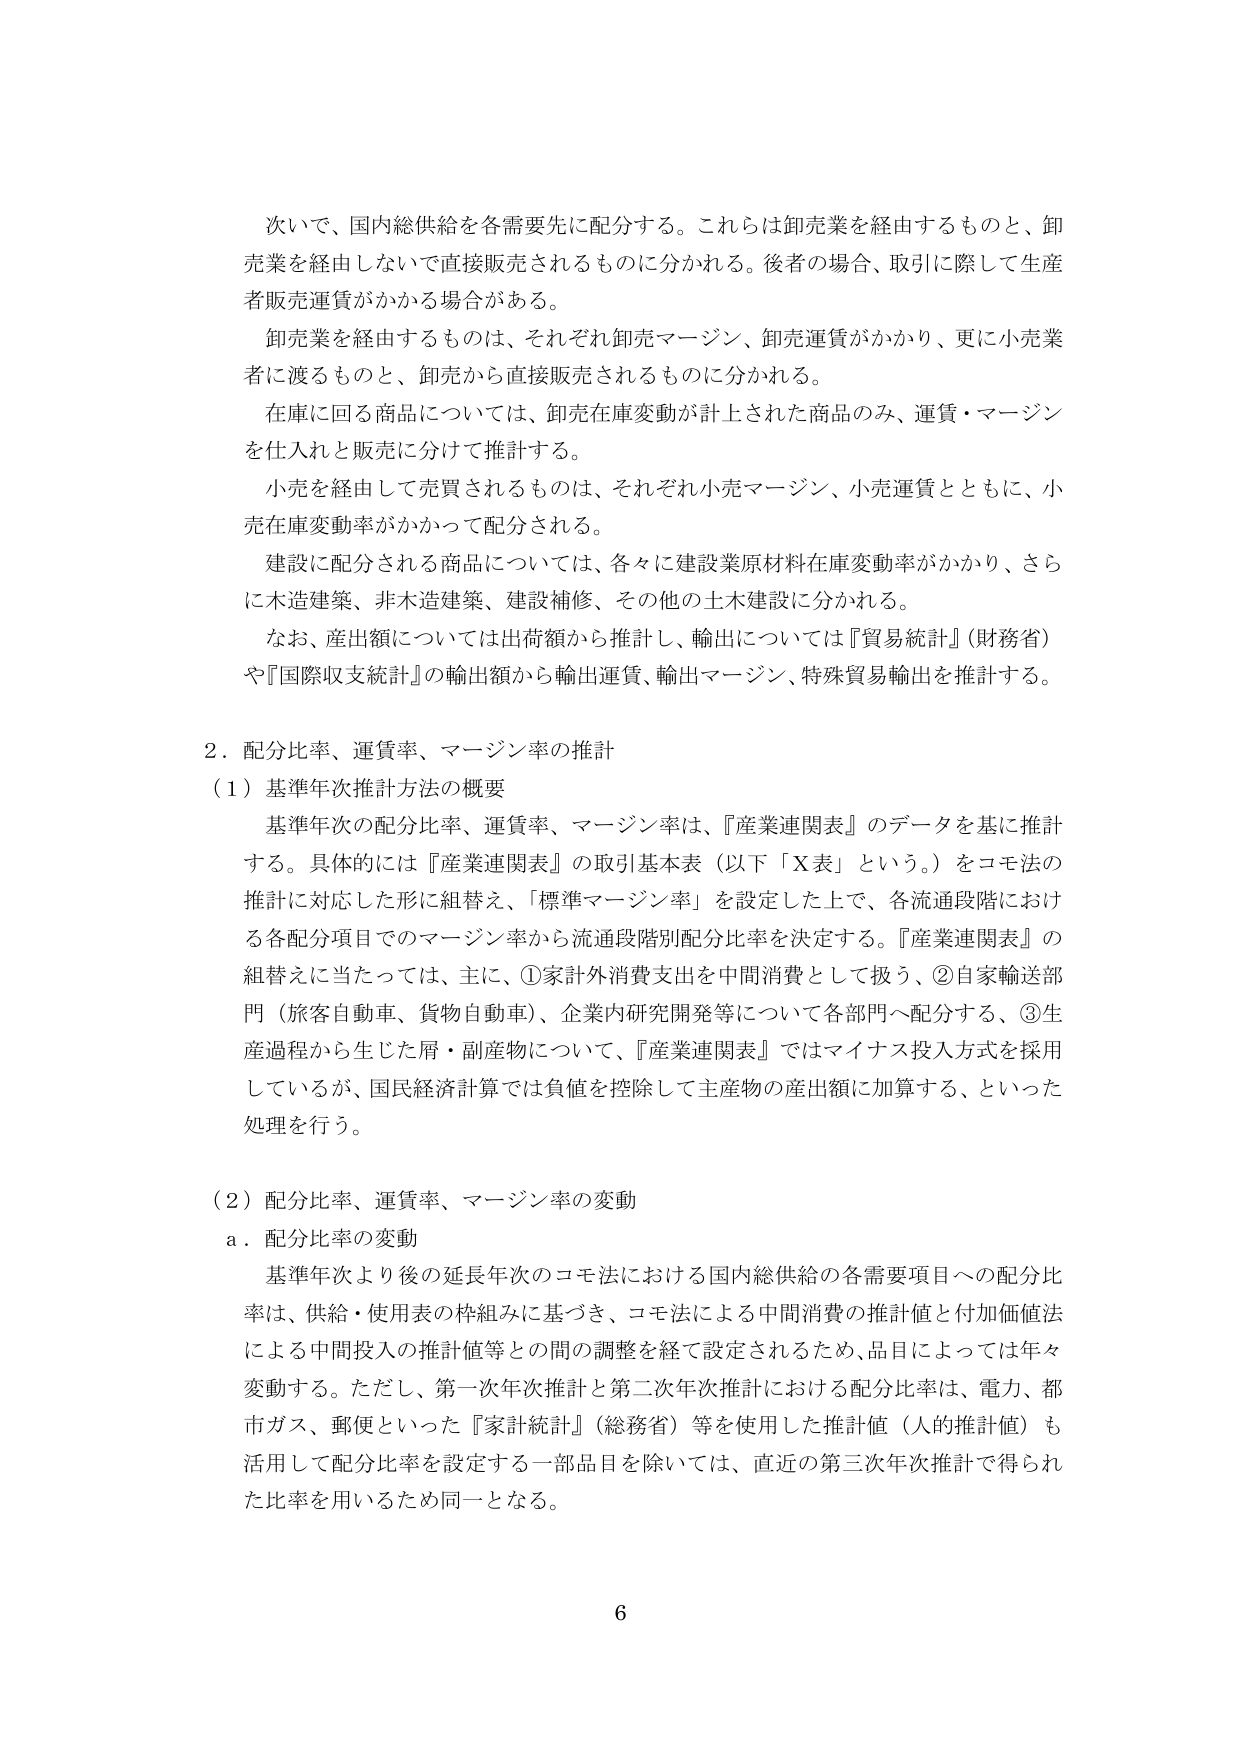
次いで、国内総供給を各需要先に配分する。これらは卸売業を経由するものと、卸売業を経由しないで直接販売されるものに分かれる。後者の場合、取引に際して生産者販売運賃がかかる場合がある。

卸売業を経由するものは、それぞれ卸売マージン、卸売運賃がかかり、更に小売業者に渡るものと、卸売から直接販売されるものに分かれる。

在庫に回る商品については、卸売在庫変動が計上された商品のみ、運賃・マージンを仕入れと販売に分けて推計する。

小売を経由して売買されるものは、それぞれ小売マージン、小売運賃とともに、小売在庫変動率がかかって配分される。

建設に配分される商品については、各々に建設業原材料在庫変動率がかかり、さらに木造建築、非木造建築、建設補修、その他の土木建設に分かれる。

なお、産出額については出荷額から推計し、輸出については『貿易統計』（財務省）や『国際収支統計』の輸出額から輸出運賃、輸出マージン、特殊貿易輸出を推計する。

2．配分比率、運賃率、マージン率の推計

（1）基準年次推計方法の概要

基準年次の配分比率、運賃率、マージン率は、『産業連関表』のデータを基に推計する。具体的には『産業連関表』の取引基本表（以下「X表」という。）をコモ法の推計に対応した形に組替え、「標準マージン率」を設定した上で、各流通段階における各配分項目でのマージン率から流通段階別配分比率を決定する。『産業連関表』の組替えに当たっては、主に、①家計外消費支出を中間消費として扱う、②自家輸送部門（旅客自動車、貨物自動車）、企業内研究開発等について各部門へ配分する、③生産過程から生じた屑・副産物について、『産業連関表』ではマイナス投入方式を採用しているが、国民経済計算では負値を控除して主産物の産出額に加算する、といった処理を行う。

（2）配分比率、運賃率、マージン率の変動

a．配分比率の変動

基準年次より後の延長年次のコモ法における国内総供給の各需要項目への配分比率は、供給・使用表の枠組みに基づき、コモ法による中間消費の推計値と付加価値法による中間投入の推計値等との間の調整を経て設定されるため、品目によっては年々変動する。ただし、第一次年次推計と第二次年次推計における配分比率は、電力、都市ガス、郵便といった『家計統計』（総務省）等を使用した推計値（人的推計値）も活用して配分比率を設定する一部品目を除いては、直近の第三次年次推計で得られた比率を用いるため同一となる。

6